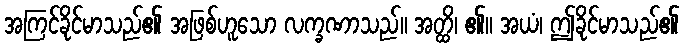
အကြင်ခိုင်မာသည်၏ အဖြစ်ဟူသော လက္ခဏာသည်။ အတ္ထိ၊ ၏။ အယံ၊ ဤခိုင်မာသည်၏